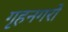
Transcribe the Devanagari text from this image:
गृहनगरों